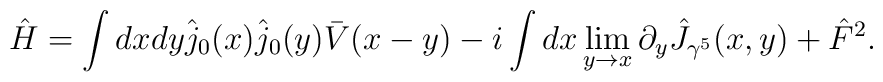
\hat{H}=\int dxdy\hat{j}_{0}(x)\hat{j}_{0}(y)\bar{V}(x-y)-i\int dx\lim_{y\rightarrow x}\partial _{y}\hat{J}_{\gamma ^{5}}(x,y)+\hat F^2.